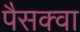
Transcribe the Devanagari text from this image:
पैसक्वा